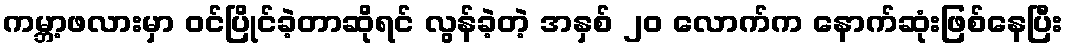
ကမ္ဘာ့ဖလားမှာ ဝင်ပြိုင်ခဲ့တာဆိုရင် လွန်ခဲ့တဲ့ အနှစ် ၂၀ လောက်က နောက်ဆုံးဖြစ်နေပြီး